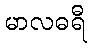
မာလဓရီ